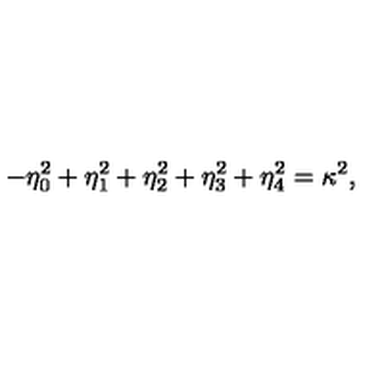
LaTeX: - \eta _ { 0 } ^ { 2 } + \eta _ { 1 } ^ { 2 } + \eta _ { 2 } ^ { 2 } + \eta _ { 3 } ^ { 2 } + \eta _ { 4 } ^ { 2 } = \kappa ^ { 2 } ,